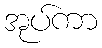
အုပ်ကာ